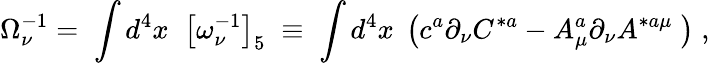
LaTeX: \Omega_{\nu}^{-1}=\; \int d^{4}x\; \; \left[\omega_{\nu}^{-1}\right]_{5}\; \equiv\; \int d^{4}x\; \left(c^{a}\partial_{\nu}C^{*a}-A_{\mu}^{a}\partial_{\nu}A^{*a\mu}\; \right)\; ,